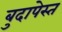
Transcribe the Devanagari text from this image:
बुदापेस्त